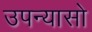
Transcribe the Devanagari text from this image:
उपन्यासो